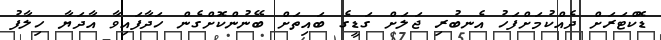
ޑޮކްޓަރަށް ދެއްކުމަށްފަހު އެނބުރި ޖަލަށް ގަޑީގެ ބައިތަށް ބޭނުންކޮށްގެން ހަދާފައިވާ އާދަޔާ ހިލާފު